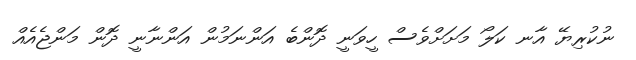
ނުކުރިޔޭ އާނ ކަލޯ މަށަށްވެސް ހީވަނީ ދޮންބެ އަންނަމުން އަންނާނީ ދޮން މަންޖެއެއް